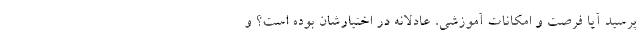
پرسید آیا فرصت و امکانات آموزشی، عادلانه در اختیارشان بوده است؟ و